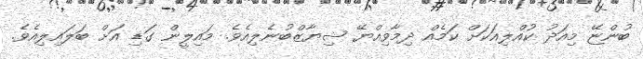
ބުންޏޭ މިއަދު ކުއްލިއަކަށް ކަމެއް ދިމާވިއްޔޭ ޝިޔާޒްބުނެލިއެވެ. މައިލީން ގަޑި އަށް ބަލައިލިއެވެ.